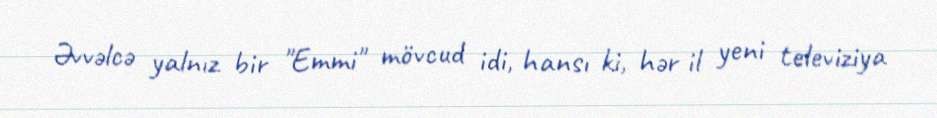
Əvvəlcə yalnız bir "Emmi" mövcud idi, hansı ki, hər il yeni televiziya